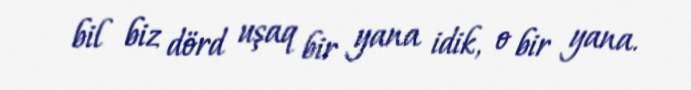
bil biz dörd uşaq bir yana idik, o bir yana.